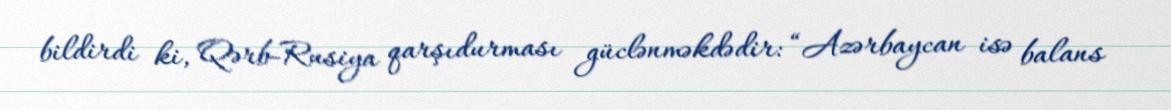
bildirdi ki, Qərb-Rusiya qarşıdurması güclənməkdədir: “Azərbaycan isə balans